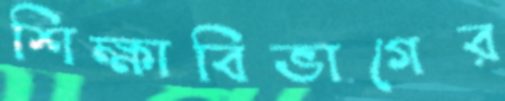
শিক্ষাবিভাগের